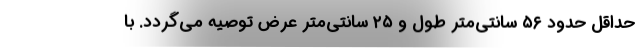
حداقل حدود ۵۶ سانتی‌متر طول و ۲۵ سانتی‌متر عرض توصیه می‌گردد. با